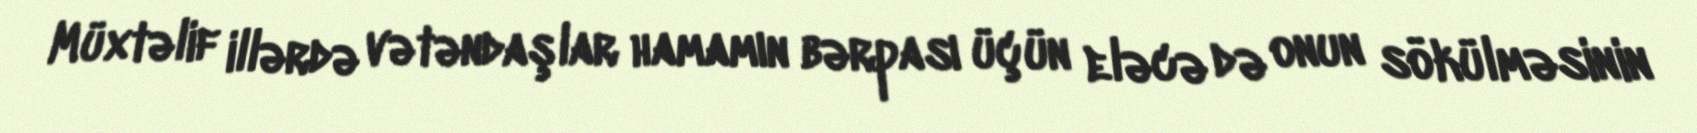
Müxtəlif illərdə vətəndaşlar hamamın bərpası üçün eləcə də onun sökülməsinin